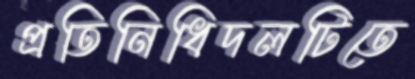
প্রতিনিধিদলটিতে